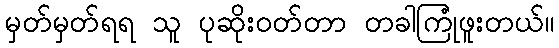
မှတ်မှတ်ရရ သူ ပုဆိုးဝတ်တာ တခါကြုံဖူးတယ်။